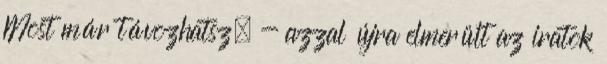
Most már távozhatsz. - azzal újra elmerült az iratok